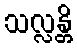
သလ္လန္တိ